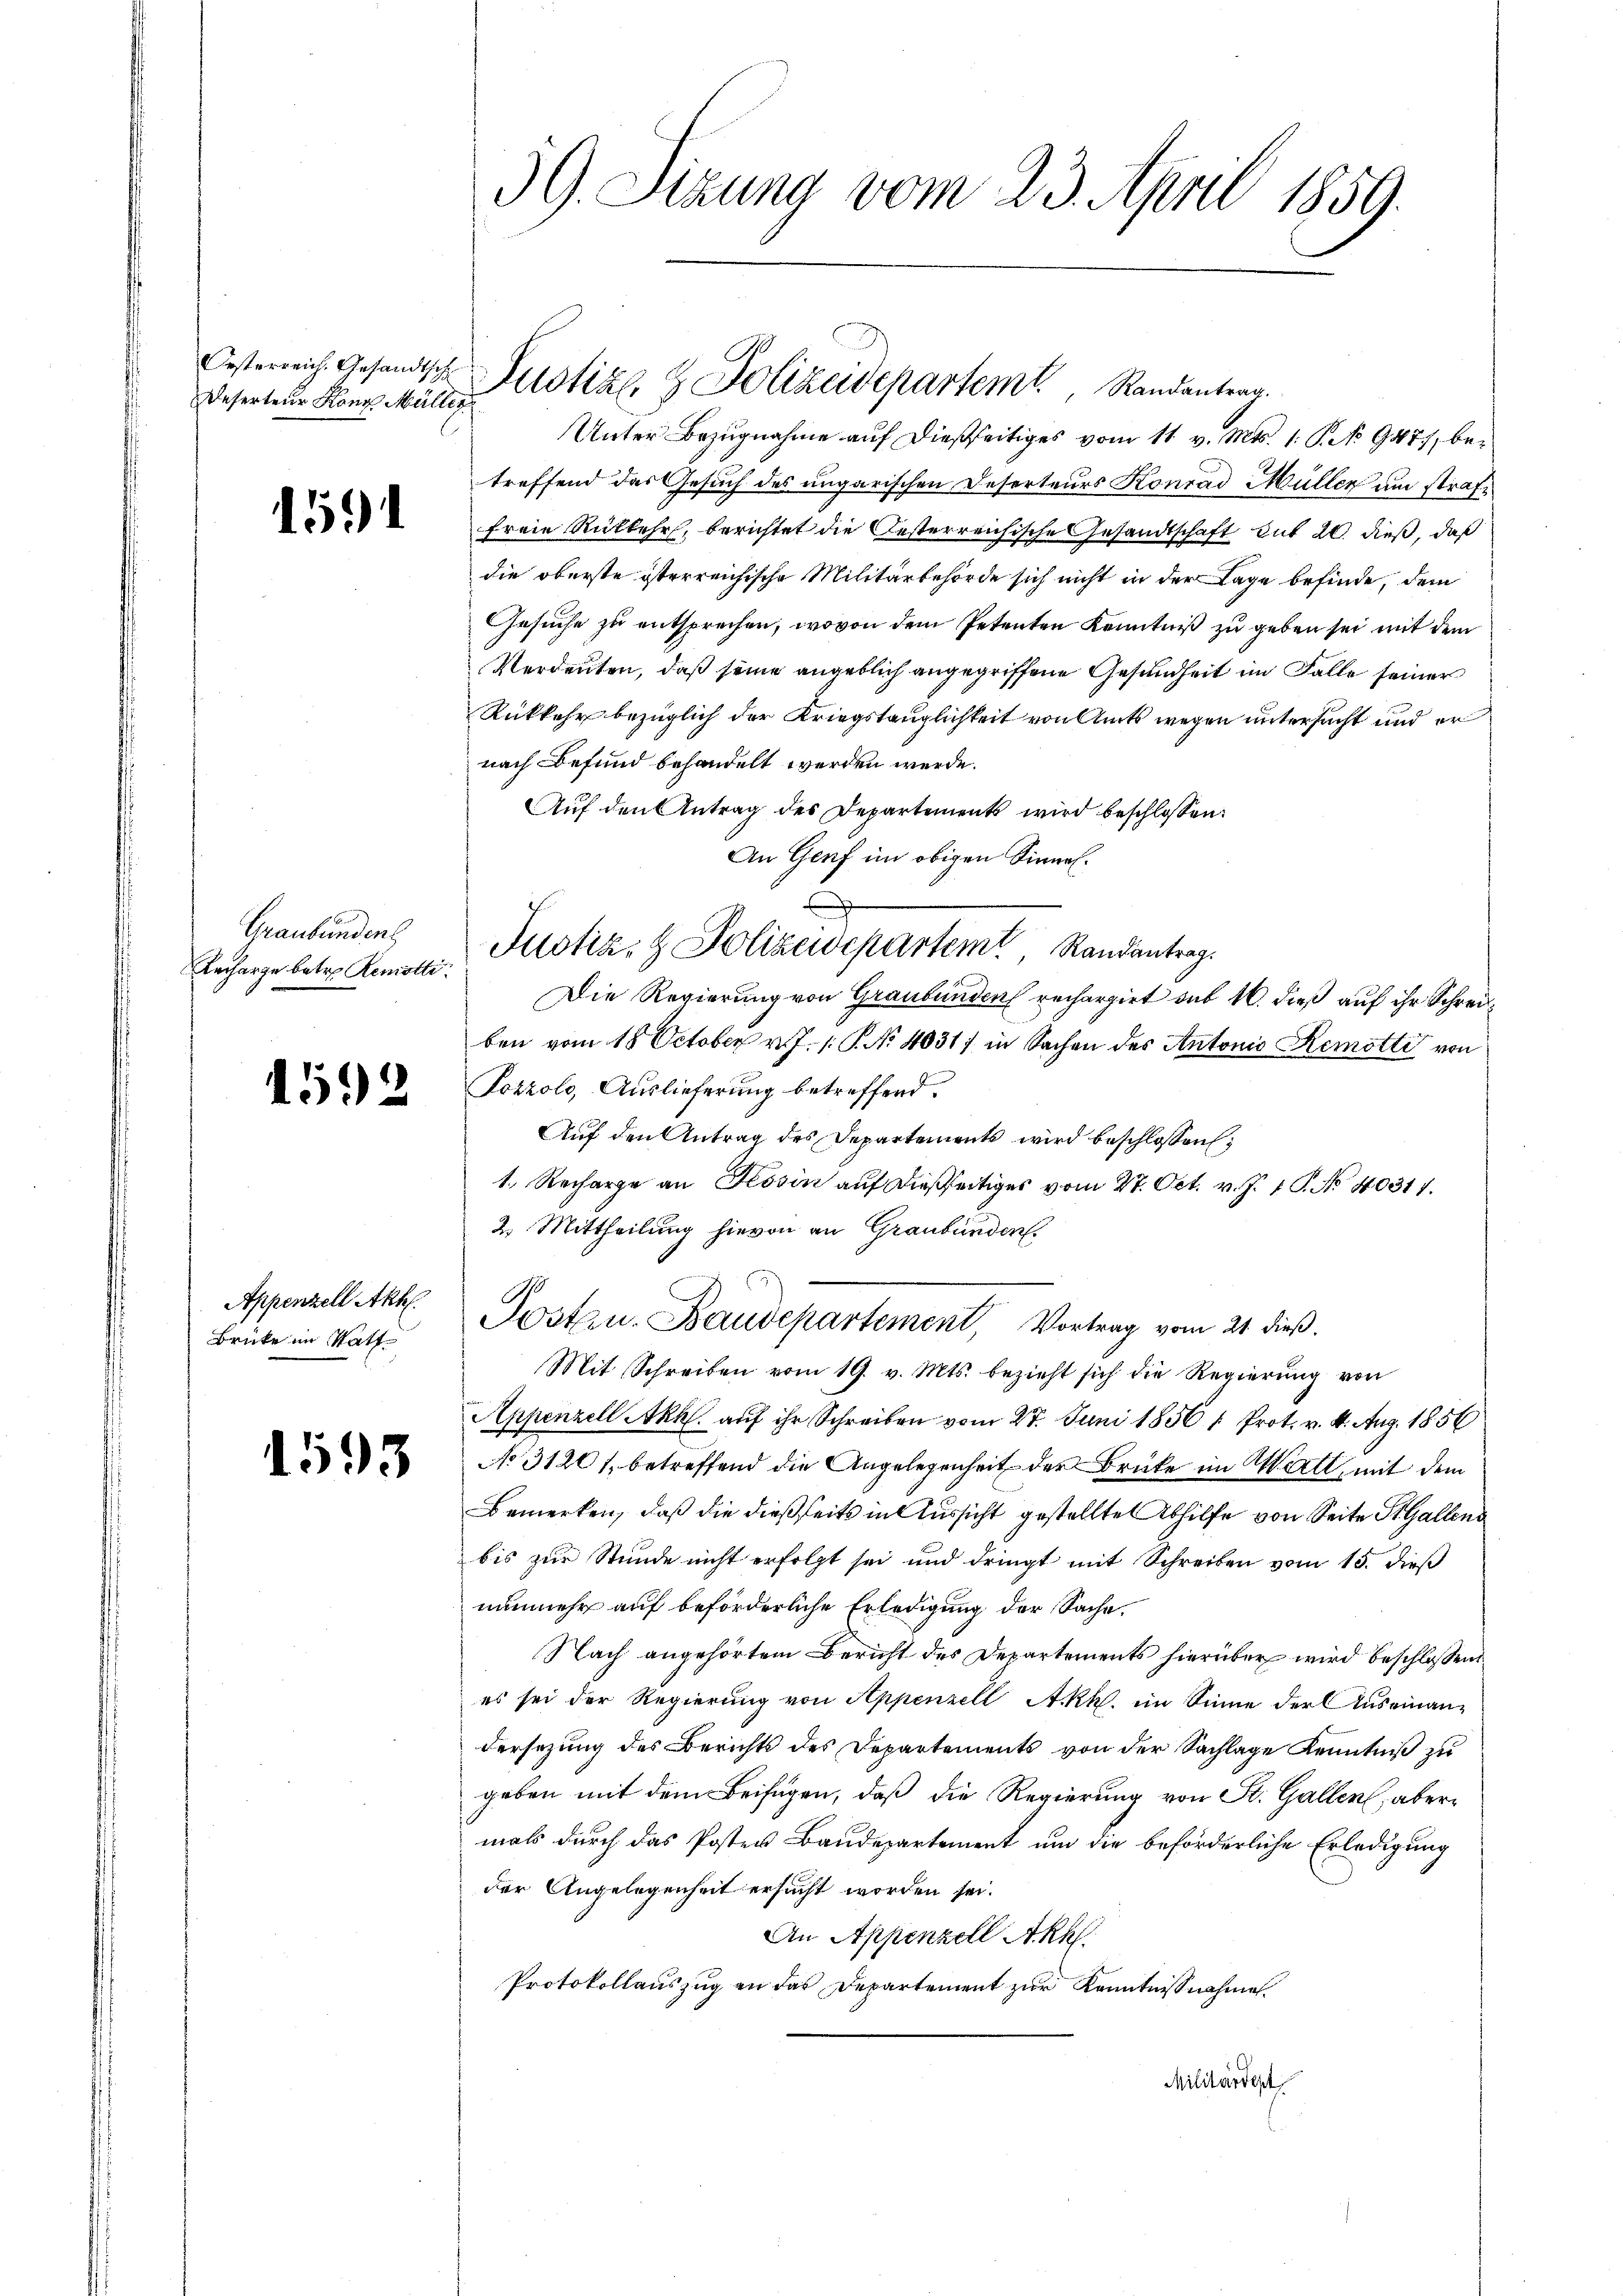
Deserteur Konz Müller

1591

Graubünden
Lecharge betr. Remötti

1592

Appenzell Akhl.
Brüke im Statt

1593

39. Sitzung vom 23. April 1859.

Oesterreich. Gesandtsch Pilotil, Polizeidepartem Randantrag.

Unter Bezugnahme auf dießseitiges vom 11. v. Mts. 1. P. No 9477, betreffend das Gesuch des ungarischen Deserteurs Konrad Müller um straffreie Rükkehr, berichtet die Oesterreichische Gesandtschaft mit 20. dieß, daß
die oberste österreichische Militärbehörde sich nicht in der Lage befinde, dem
Gesuche zu entsprechen, wovon dem Petenten Kenntniß zu geben sei mit dem
Verdeuten, daß seine angeblich angegriffene Gesundheit im Falle seiner
Rükkehr bezüglich der Kriegstauglichkeit von Amts wegen untersucht und er
nach Befund behandelt werden werde.
Auf den Antrag des Departements wird beschlossen:
An Genf im obigen Sinne¬
Justiz- & Polizewepartem Randantrag.
Die Regierung von Graubünden rechargirt sub 16. dieß auf ihr Schreiben vom 18. October v. J. 1. P. No 4031) in Sachen des Antonio Remotti von
Pozzolo, Auslieferung betreffend.
Aŭf den Antrag des Departements wird beschlossen;
1. Recharge an Tessin auf dießseitiges vom 27. Oct. v. J. 1 P. No 40317.
2. Mittheilung hievon an Graubünden.
Posten. Baudepartement, Vortrag vom 21. dieß.
Mit Schreiben vom 19. v. Mts. bezieht sich die Regierŭng von
Appenzell Akh. auf ihr Schreiben vom 27. Juni 1856 " Prot. v. 4. Aug. 1856
No 31201, betreffend die Angelegenheit der Brücke im Matt, mit dem
Bemerken, daß die dießseits in Aussicht gestellte Abhilfe von Seite St. Gallen
bis zur Stunde nicht erfolgt sei und dringt mit Schreiben vom 15. dieß
nunmehr auf beförderliche Erledigung der Sache.
Nach angehörtem Bericht des Departements hierüber wird beschlossen
es sei der Regierung von Appenzell Akk. im Sinne der Auseinan-
dersezung des Berichts des Departements von der Sachlage Kenntniß zu
geben mit dem Beifügen, daß die Regierung von St. Gallen, abermals durch das Posten Baudepartement um die beförderliche Erledigung
der Angelegenheit ersucht worden sei.
An Appenzell Aka
Protokollauszug an das Departement zur Kenntnisnahme
Militärdept